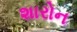
શારોન